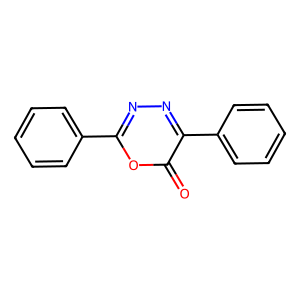
SMILES: O=c1oc(-c2ccccc2)nnc1-c1ccccc1
Inhibits HIV replication: No